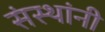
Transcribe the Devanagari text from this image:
संस्‍थांनी